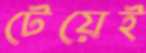
টেয়েই